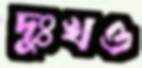
দুঃখও